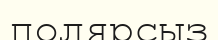
полярсыз